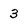
Character: 3